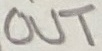
Text: OUT